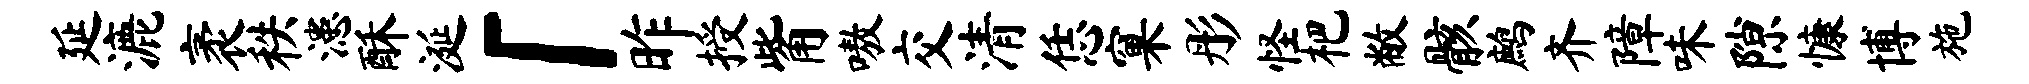
延漉袤秩漶酥涎「昨授觜嗷交清恁窠彤怪杷敝骸鹧齐障味隙慷博施